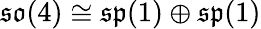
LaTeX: {\mathfrak{so}}(4)\cong{\mathfrak{sp}}(1)\oplus{\mathfrak{sp}}(1)